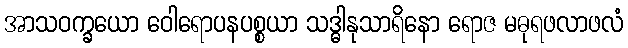
အာသဝက္ခယော ဝေါရောပနပစ္စယာ သဒ္ဓါနုသာရိနော ရောဇ မဓုရဖလာဖလံ